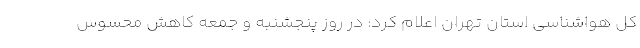
کل هواشناسی استان تهران اعلام کرد: در روز پنجشنبه و جمعه کاهش محسوس